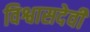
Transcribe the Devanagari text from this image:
विश्वासदेवी